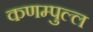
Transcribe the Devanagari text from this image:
कणम्पुल्ल